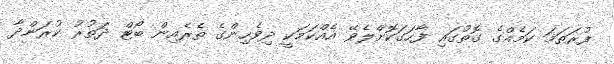
ފުރަތަމަ ކަމެއްގެ ގޮތުގައި ފާހަގަކޮށްލެވޭ އެއްކަމަކީ ދިވެހިންގެ ތެރެއިން ބޯޓް ދަތުރު ކުރަންދާ